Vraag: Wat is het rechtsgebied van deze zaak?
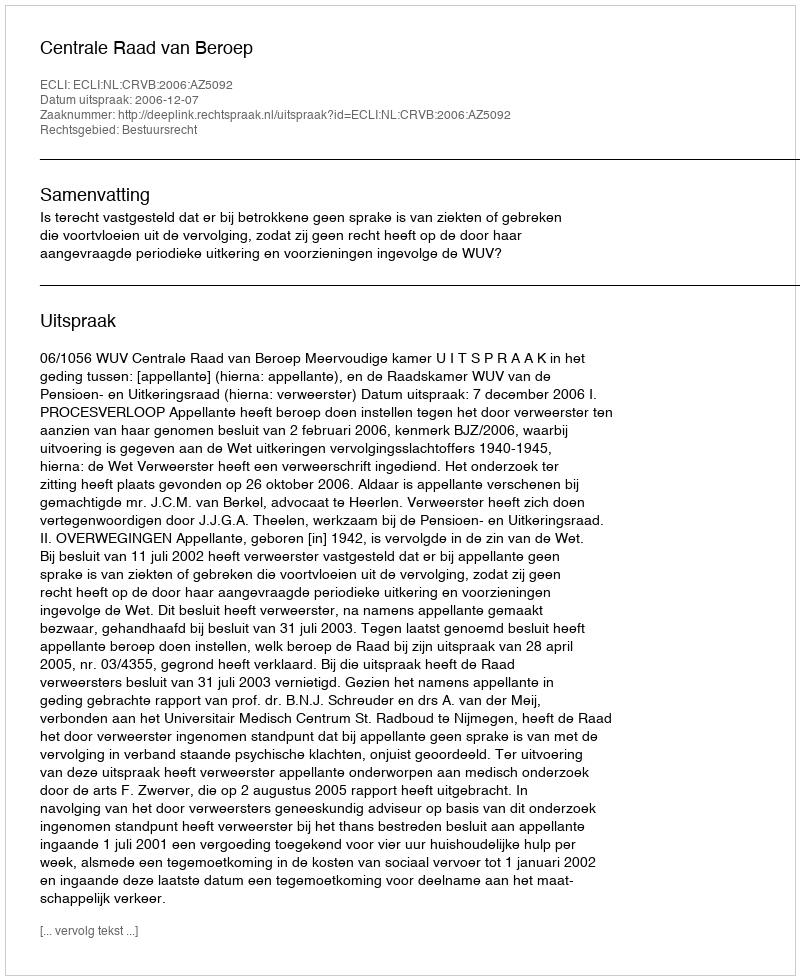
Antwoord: Bestuursrecht